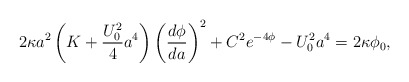
\begin{align*}2\kappa a^2 \left(K+\frac{U_0^2}4 a^4\right) \left( \frac{d\phi}{da} \right)^2 + C^2 e^{-4\phi}-U_0^2 a^4 = 2\kappa \phi_0,\end{align*}